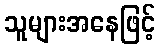
သူများအနေဖြင့်